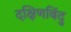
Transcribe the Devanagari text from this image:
दक्षिणबिंदु